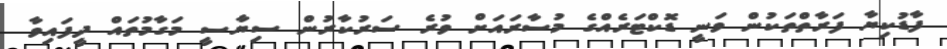
ފާޑުކިޔާ ފަރާތްތަކުން ވަނީ ޑޮކްޓަރެއްގެ މުސާރައަށް ވުރެ ސަރުކާރުން ސިޔާސީ މަގާމުތައް ދީފައިވާ